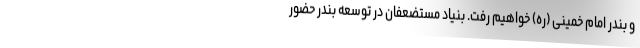
و بندر امام خمینی (ره) خواهیم رفت. بنیاد مستضعفان در توسعه بندر حضور